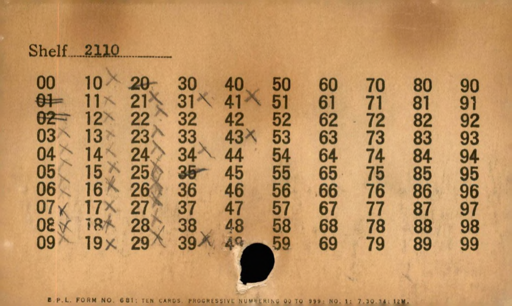
Label: divider